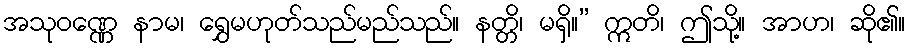
အသုဝဏ္ဏေ နာမ၊ ရွှေမဟုတ်သည်မည်သည်။ နတ္တိ၊ မရှိ။” ဣတိ၊ ဤသို့။ အာဟ၊ ဆို၏။